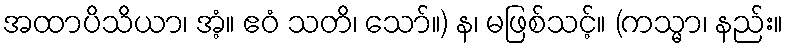
အထာပိသိယာ၊ အံ့။ ဧဝံ သတိ၊ သော်။) န၊ မဖြစ်သင့်။ (ကသ္မာ၊ နည်း။